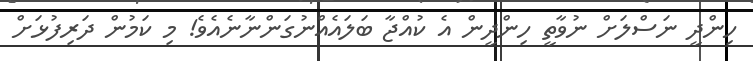
ހިންދީ ނަސްލަށް ނުވާތީ ހިންދީން އެ ކުއްޖާ ބަލައެއްނުގަންނާނެއެވެ! މި ކަމުން ދަރިފުޅަށް